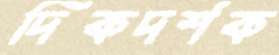
দিকদর্শক